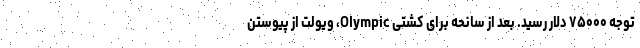
توجه ۷۵۰۰۰ دلار رسید. بعد از سانحه برای کشتی Olympic، ویولت از پیوستن